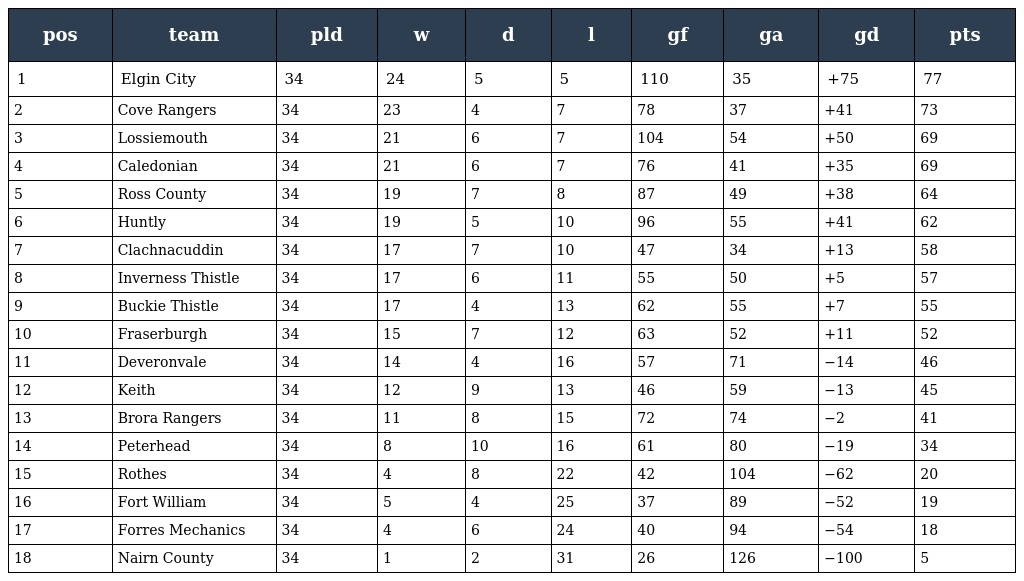
| pos | team | pld | w | d | l | gf | ga | gd | pts |
 | --- | --- | --- | --- | --- | --- | --- | --- | --- | --- |
 | 1 | Elgin City | 34 | 24 | 5 | 5 | 110 | 35 | +75 | 77 |
 | 2 | Cove Rangers | 34 | 23 | 4 | 7 | 78 | 37 | +41 | 73 |
 | 3 | Lossiemouth | 34 | 21 | 6 | 7 | 104 | 54 | +50 | 69 |
 | 4 | Caledonian | 34 | 21 | 6 | 7 | 76 | 41 | +35 | 69 |
 | 5 | Ross County | 34 | 19 | 7 | 8 | 87 | 49 | +38 | 64 |
 | 6 | Huntly | 34 | 19 | 5 | 10 | 96 | 55 | +41 | 62 |
 | 7 | Clachnacuddin | 34 | 17 | 7 | 10 | 47 | 34 | +13 | 58 |
 | 8 | Inverness Thistle | 34 | 17 | 6 | 11 | 55 | 50 | +5 | 57 |
 | 9 | Buckie Thistle | 34 | 17 | 4 | 13 | 62 | 55 | +7 | 55 |
 | 10 | Fraserburgh | 34 | 15 | 7 | 12 | 63 | 52 | +11 | 52 |
 | 11 | Deveronvale | 34 | 14 | 4 | 16 | 57 | 71 | −14 | 46 |
 | 12 | Keith | 34 | 12 | 9 | 13 | 46 | 59 | −13 | 45 |
 | 13 | Brora Rangers | 34 | 11 | 8 | 15 | 72 | 74 | −2 | 41 |
 | 14 | Peterhead | 34 | 8 | 10 | 16 | 61 | 80 | −19 | 34 |
 | 15 | Rothes | 34 | 4 | 8 | 22 | 42 | 104 | −62 | 20 |
 | 16 | Fort William | 34 | 5 | 4 | 25 | 37 | 89 | −52 | 19 |
 | 17 | Forres Mechanics | 34 | 4 | 6 | 24 | 40 | 94 | −54 | 18 |
 | 18 | Nairn County | 34 | 1 | 2 | 31 | 26 | 126 | −100 | 5 |